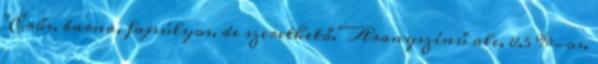
"Erős, barna, fajsúlyos, de szerethető." Aranyszínű ale, 8,5 %-os.